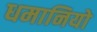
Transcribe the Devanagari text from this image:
धमानियो